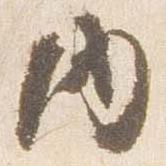
内